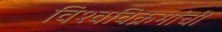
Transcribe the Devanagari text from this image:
विश्वविक्रमांची